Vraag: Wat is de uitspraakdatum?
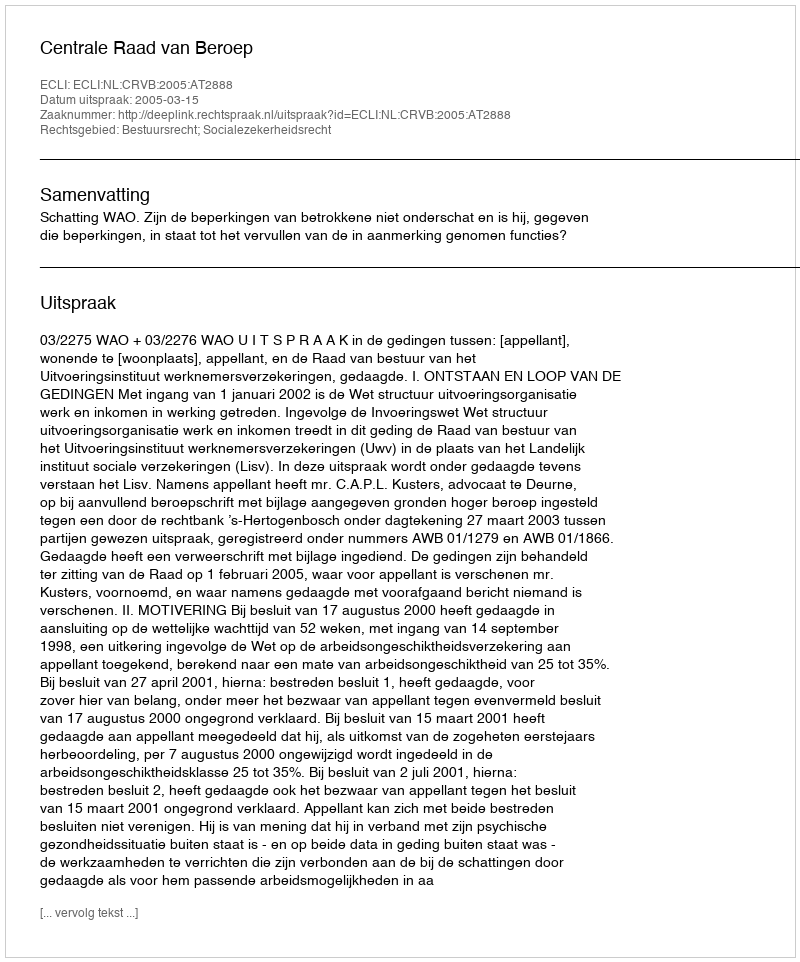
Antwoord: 2005-03-15